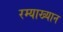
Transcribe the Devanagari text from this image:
रम्याख्यान